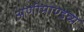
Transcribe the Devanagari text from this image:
अणीमाण्डव्य